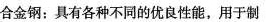
合金钢：具有各种不同的优良性能，用于制